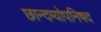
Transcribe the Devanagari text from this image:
छान्दग्योपनिषद